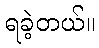
ရခဲ့တယ်။